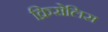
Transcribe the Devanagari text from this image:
क्रिसेलिस